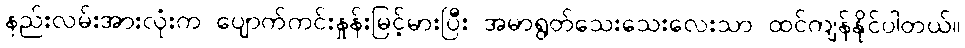
နည်းလမ်းအားလုံးက ပျောက်ကင်းနှုန်းမြင့်မားပြီး အမာရွတ်သေးသေးလေးသာ ထင်ကျန်နိုင်ပါတယ်။